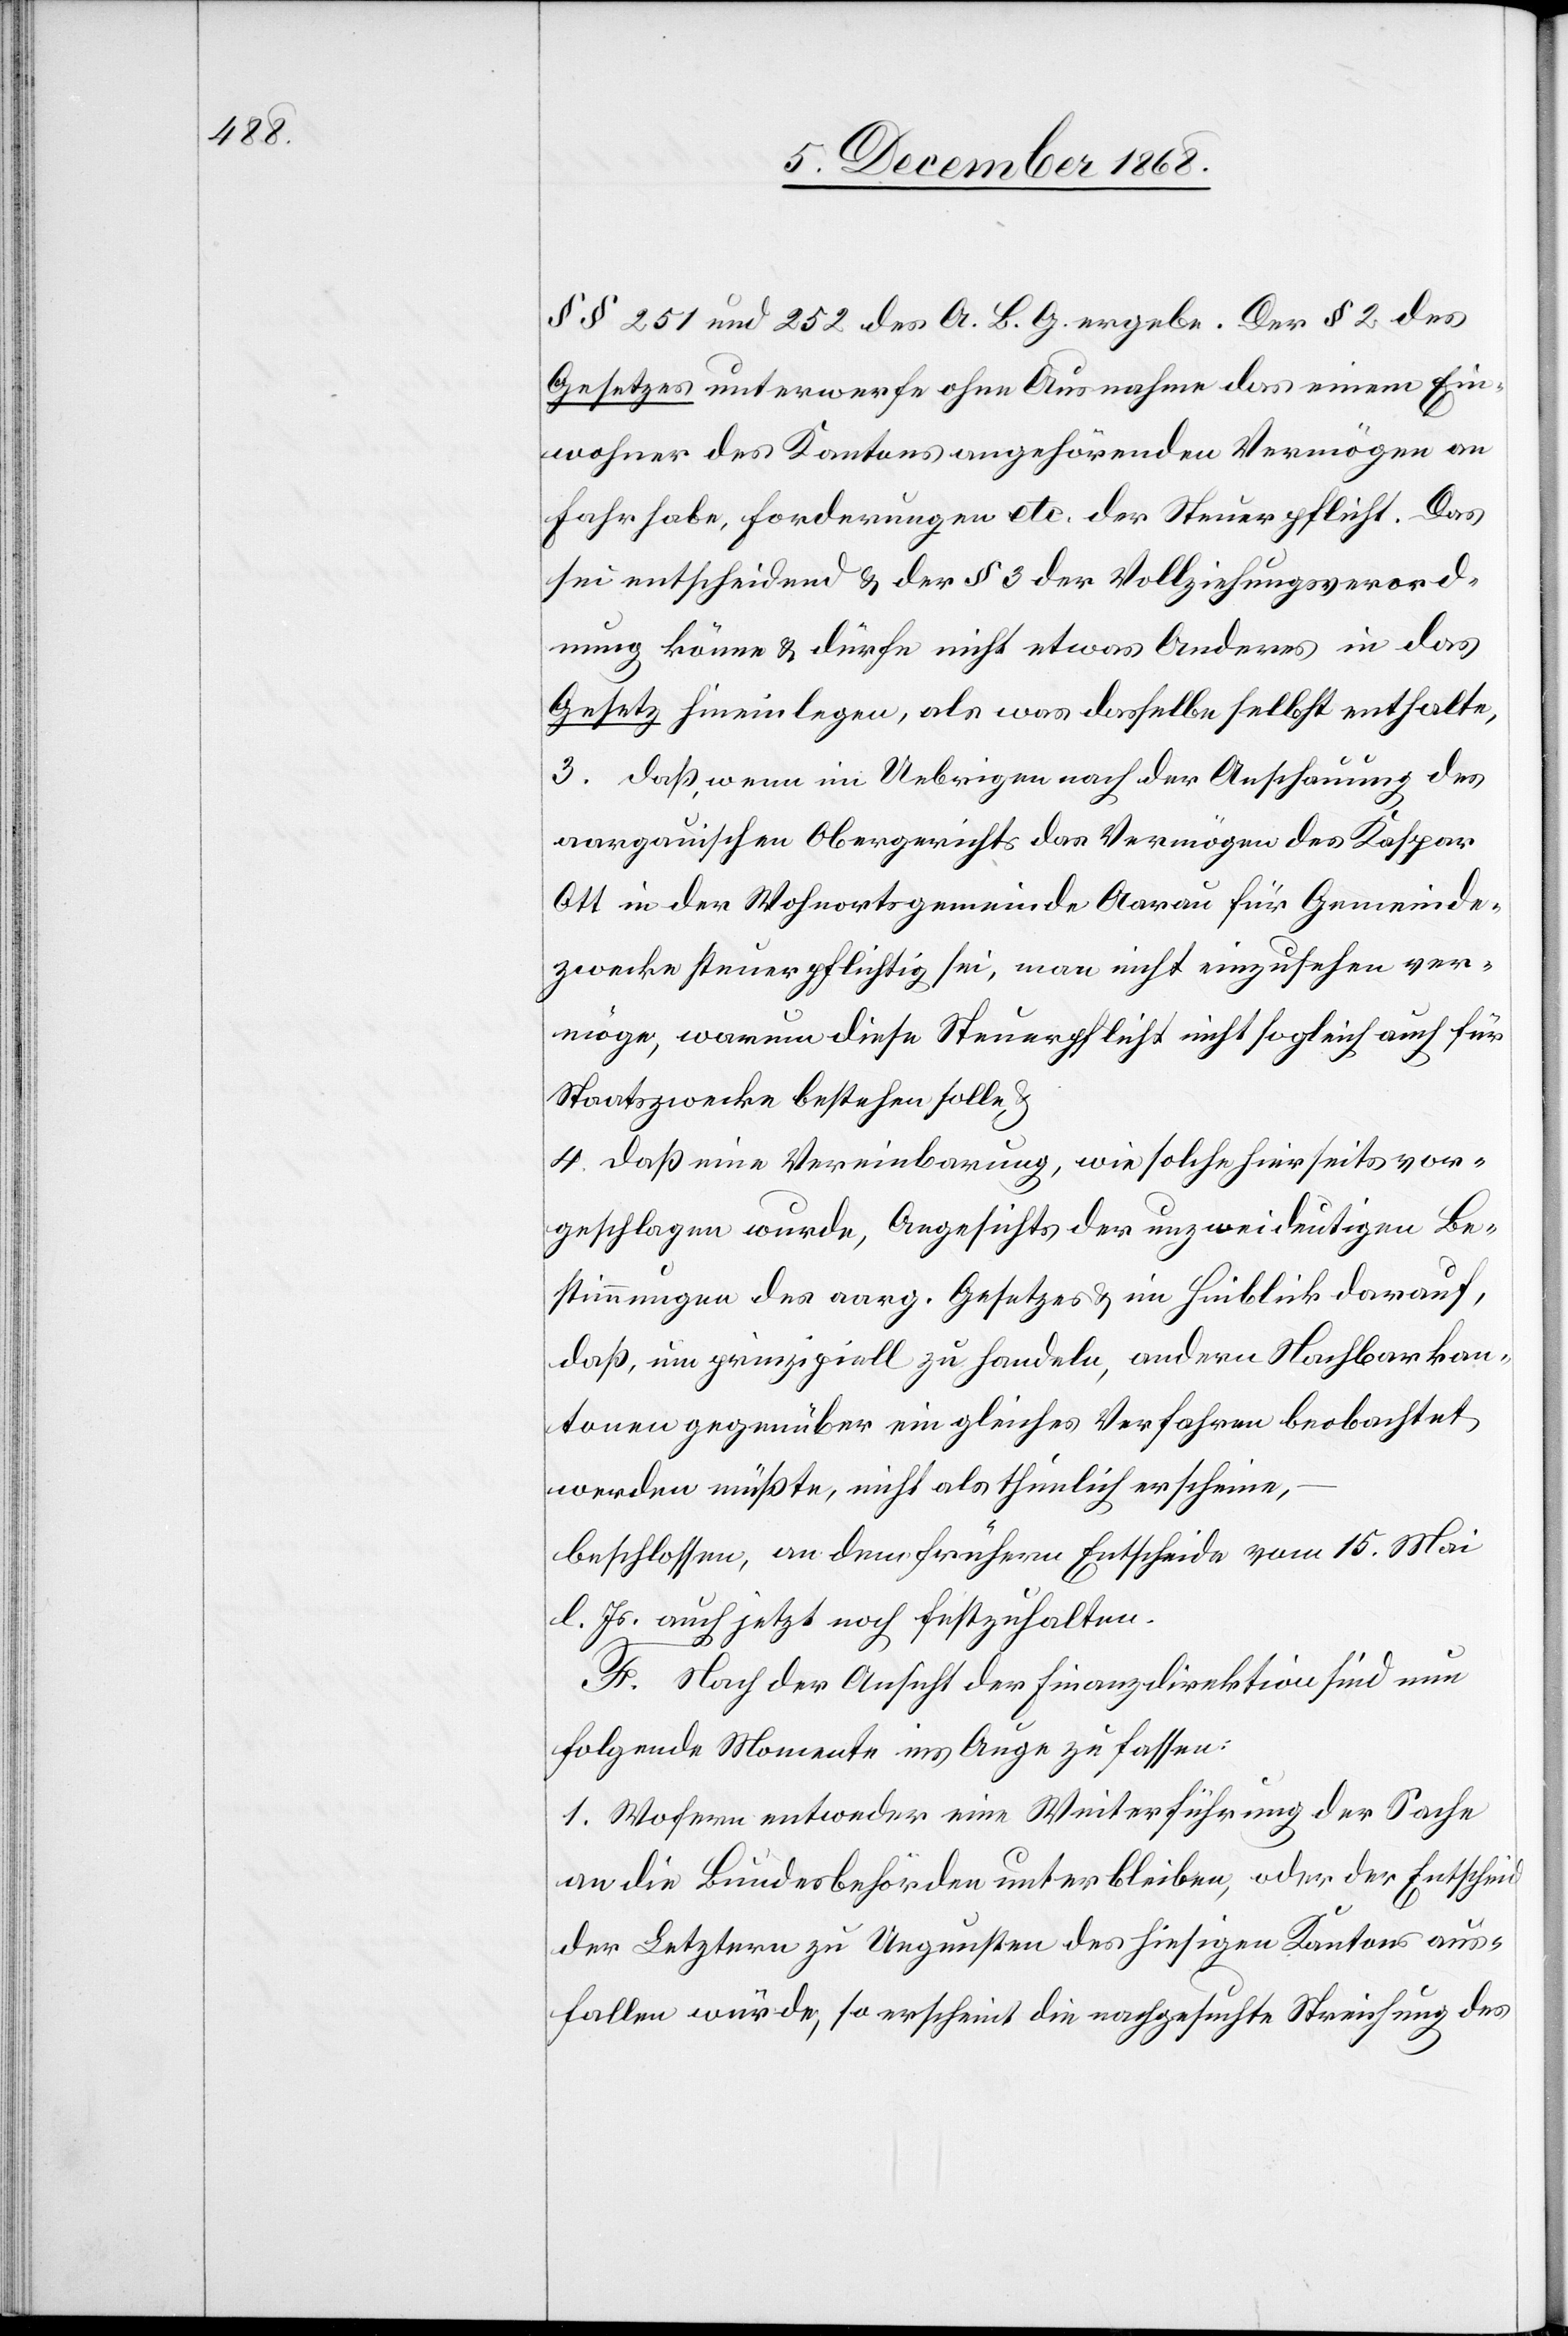
§§ 251 und 252 des A. B. G. ergebe. Der § 2 des
Gesetzes unterwerfe ohne Ausnahme das einem Ein¬
wohner des Kantons angehörenden [sic!] Vermögen an
Fahrhabe, Forderungen etc. der Steuerpflicht. Das
sei entscheidend & der § 3 der Vollziehungsverord¬
nung könne & dürfe nicht etwas Anderes in das
Gesetz hineinlegen, als was dasselbe selbst enthalte,
3. daß, wenn im Uebrigen nach der Anschauung des
aargauischen Obergerichts das Vermögen des Kaspar
Ott in der Wohnortsgemeinde Aarau für Gemeinde¬
zwecke steuerpflichtig sei, man nicht einzusehen ver¬
möge, warum diese Steuerpflicht nicht sogleich auch für
Staatszwecke bestehen solle,
4. daß eine Vereinbarung, wie solche hierseits vor¬
geschlagen wurde, Angesichts der unzweideutigen Be¬
stimmungen des aarg. Gesetzes & im Hinblick darauf,
daß, um prinzipiell zu handeln, andern Nachbarkan¬
tonen gegenüber ein gleiches Verfahren beobachtet
werden müßte, nicht als thunlich erscheine,
beschlossen, an dem frühern Entscheide vom 15. Mai
l. Js. auch jetzt noch festzuhalten.
F. Nach der Ansicht der Finanzdirektion sind nun
folgende Momente ins Auge zu fassen:
1. Wofern entweder eine Weiterführung der Sache
an die Bundesbehörden unterbleiben, oder der Entscheid
der Letztern zu Ungunsten des hiesigen Kantons aus¬
fallen würde, so erscheint die nachgesuchte Streichung des